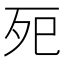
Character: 𭮀